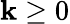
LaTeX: \mathbf{k}\geq0